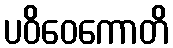
ပဝိဝေကောတိ